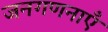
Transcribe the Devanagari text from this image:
जनगणनाएँ